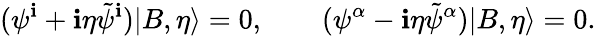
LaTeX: (\psi^{\mathbf{i}}+\mathbf{i}\eta\tilde{{\psi}}^{\mathbf{i}})|B,\eta\rangle=0,\qquad(\psi^{\alpha}-\mathbf{i}\eta\tilde{{\psi}}^{\alpha})|B,\eta\rangle=0.